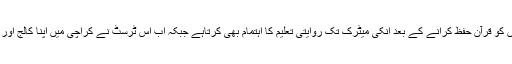
یہ ٹرسٹ چھوٹی عمر کے بچوں کو قرآن حفظ کرانے کے بعد انکی میٹرک تک روایتی تعلیم کا اہتمام بھی کرتاہے جبکہ اب اس ٹرسٹ نے کراچی میں اپنا کالج اور یونیورسٹی بھی قائم کر لی ہے۔